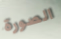
الصورة